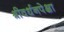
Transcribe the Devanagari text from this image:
श्रीवर्धनपेक्षा